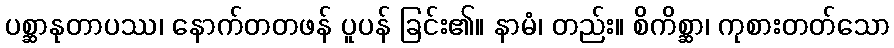
ပစ္ဆာနုတာပဿ၊ နောက်တတဖန် ပူပန် ခြင်း၏။ နာမံ၊ တည်း။ စိကိစ္ဆာ၊ ကုစားတတ်သော